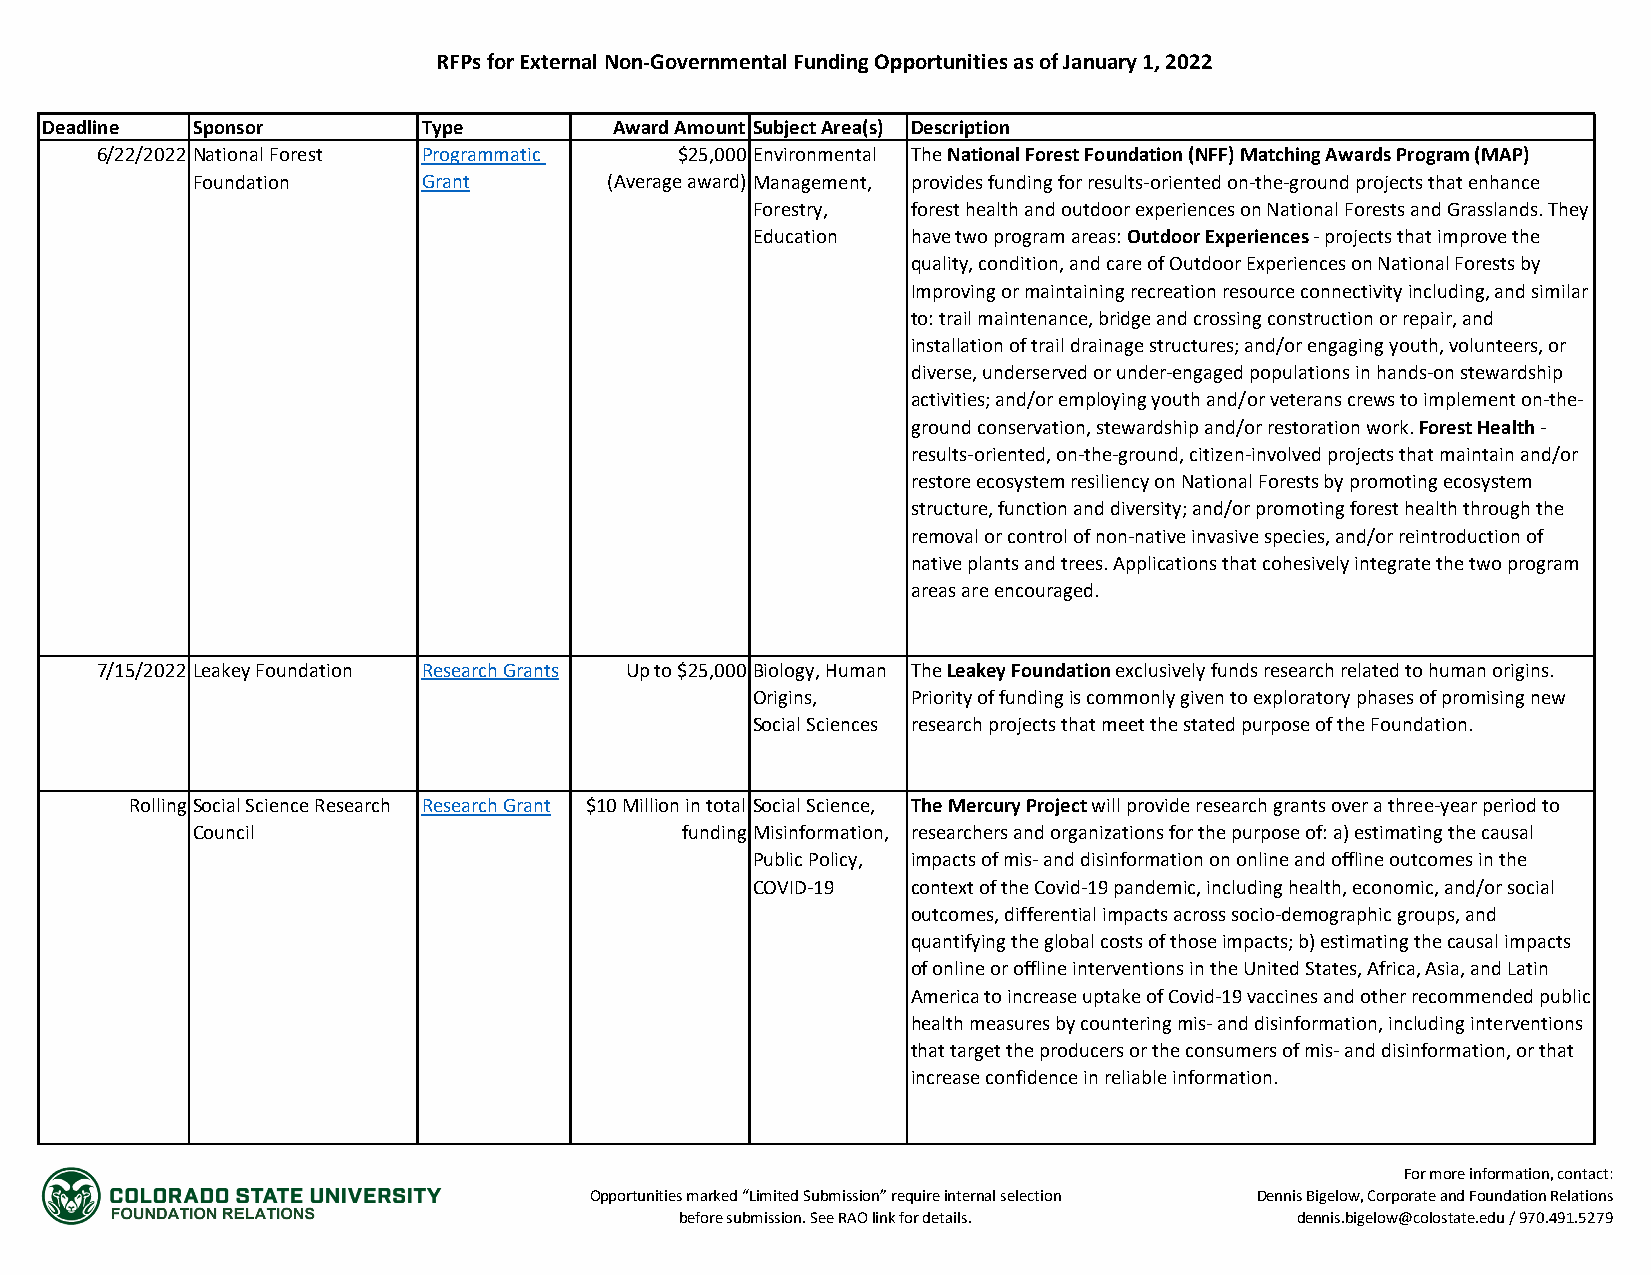
RFPs for External Non-Governmental Funding Opportunities as of January 1, 2022
 Deadline  Sponsor        Type         Award Amount Subject Area(s) Description
 6/22/2022 National Forest Programmatic $25,000 Environmental The National Forest Foundation (NFF) Matching Awards Program (MAP)
 Foundation     Grant       (Average award) Management, provides funding for results-oriented on-the-ground projects that enhance
 Forestry, forest health and outdoor experiences on National Forests and Grasslands. They
 Education have two program areas: Outdoor Experiences - projects that improve the
 quality, condition, and care of Outdoor Experiences on National Forests by
 Improving or maintaining recreation resource connectivity including, and similar
 to: trail maintenance, bridge and crossing construction or repair, and
 installation of trail drainage structures; and/or engaging youth, volunteers, or
 diverse, underserved or under-engaged populations in hands-on stewardship
 activities; and/or employing youth and/or veterans crews to implement on-the-
 ground conservation, stewardship and/or restoration work. Forest Health -
 results-oriented, on-the-ground, citizen-involved projects that maintain and/or
 restore ecosystem resiliency on National Forests by promoting ecosystem
 structure, function and diversity; and/or promoting forest health through the
 removal or control of non-native invasive species, and/or reintroduction of
 native plants and trees. Applications that cohesively integrate the two program
 areas are encouraged.
 7/15/2022 Leakey Foundation Research Grants Up to $25,000 Biology, Human The Leakey Foundation exclusively funds research related to human origins.
 Origins,  Priority of funding is commonly given to exploratory phases of promising new
 Social Sciences research projects that meet the stated purpose of the Foundation.
 Rolling Social Science Research Research Grant $10 Million in total Social Science, The Mercury Project will provide research grants over a three-year period to
 Council                         funding Misinformation, researchers and organizations for the purpose of: a) estimating the causal
 Public Policy, impacts of mis- and disinformation on online and offline outcomes in the
 COVID-19  context of the Covid-19 pandemic, including health, economic, and/or social
 outcomes, differential impacts across socio-demographic groups, and
 quantifying the global costs of those impacts; b) estimating the causal impacts
 of online or offline interventions in the United States, Africa, Asia, and Latin
 America to increase uptake of Covid-19 vaccines and other recommended public
 health measures by countering mis- and disinformation, including interventions
 that target the producers or the consumers of mis- and disinformation, or that
 increase confidence in reliable information.
 For more information, contact:
 Opportunities marked “Limited Submission” require internal selection Dennis Bigelow, Corporate and Foundation Relations
 before submission. See RAO link for details. dennis.bigelow@colostate.edu / 970.491.5279